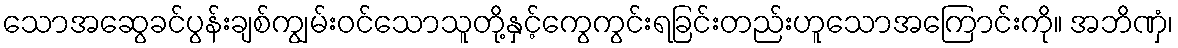
သောအဆွေခင်ပွန်းချစ်ကျွမ်းဝင်သောသူတို့နှင့်ကွေကွင်းရခြင်းတည်းဟူသောအကြောင်းကို။ အဘိဏှံ၊